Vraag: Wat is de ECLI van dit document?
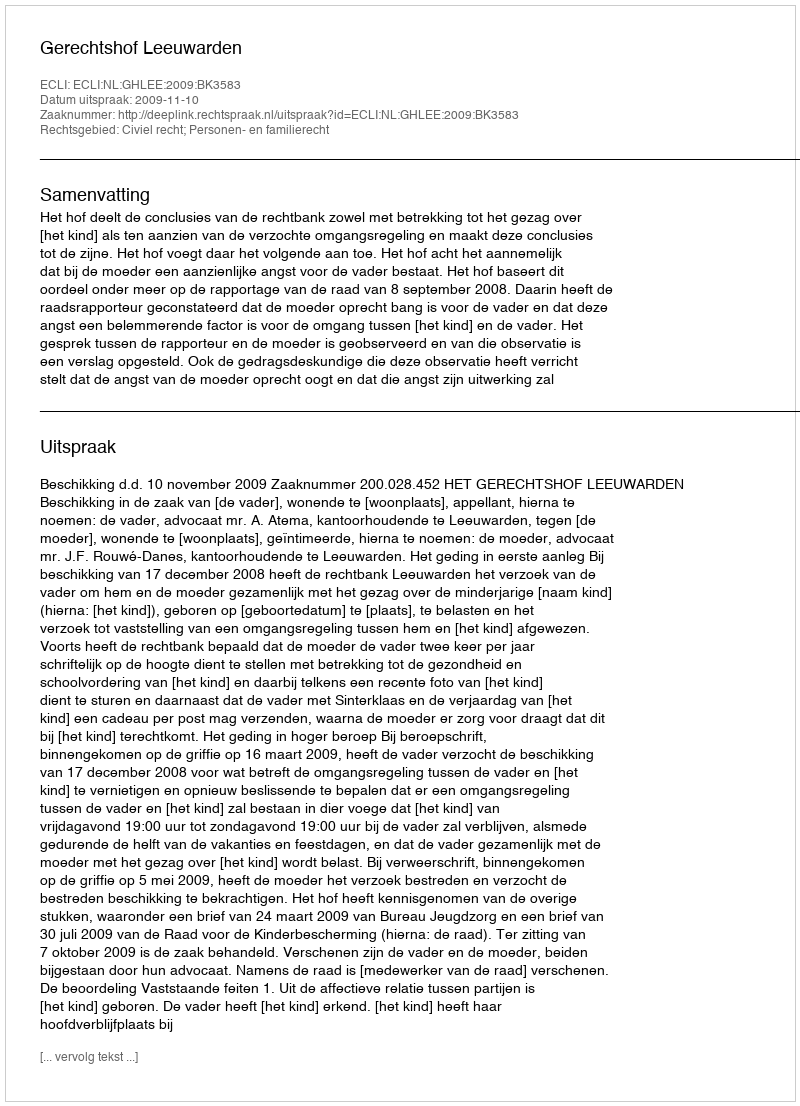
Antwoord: ECLI:NL:GHLEE:2009:BK3583